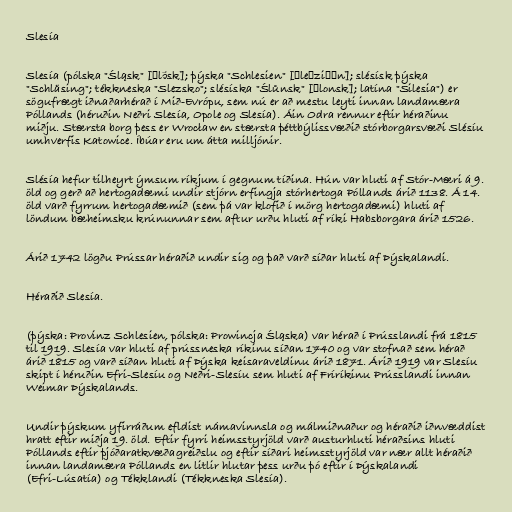
Slesía

Slesía (pólska "Śląsk" [ɕlɔ̃sk]; þýska "Schlesien" [ʃleːziːɛn]; slésísk þýska
"Schläsing"; tékkneska "Slezsko"; slésíska "Ślůnsk" [ɕlonsk]; latína "Silesia") er
sögufrægt iðnaðarhérað í Mið-Evrópu, sem nú er að mestu leyti innan landamæra
Póllands (héruðin Neðri Slesía, Opole og Slesía). Áin Odra rennur eftir héraðinu
miðju. Stærsta borg þess er Wrocław en stærsta þéttbýlissvæðið stórborgarsvæði Slésíu
umhverfis Katowice. Íbúar eru um átta milljónir.

Slésía hefur tilheyrt ýmsum ríkjum í gegnum tíðina. Hún var hluti af Stór-Mæri á 9.
öld og gerð að hertogadæmi undir stjórn erfingja stórhertoga Póllands árið 1138. Á 14.
öld varð fyrrum hertogadæmið (sem þá var klofið í mörg hertogadæmi) hluti af
löndum bæheimsku krúnunnar sem aftur urðu hluti af ríki Habsborgara árið 1526.

Árið 1742 lögðu Prússar héraðið undir sig og það varð síðar hluti af Þýskalandi.

Héraðið Slesía.

(þýska: Provinz Schlesien, pólska: Prowincja Śląska) var hérað í Prússlandi frá 1815
til 1919. Slesía var hluti af prússneska ríkinu síðan 1740 og var stofnað sem hérað
árið 1815 og varð síðan hluti af Þýska keisaraveldinu árið 1871. Árið 1919 var Slesíu
skipt í héruðin Efri-Slesíu og Neðri-Slesíu sem hluti af Fríríkinu Prússlandi innan
Weimar Þýskalands.

Undir þýskum yfirráðum efldist námavinnsla og málmiðnaður og héraðið iðnvæddist
hratt eftir miðja 19. öld. Eftir fyrri heimsstyrjöld varð austurhluti héraðsins hluti
Póllands eftir þjóðaratkvæðagreiðslu og eftir síðari heimsstyrjöld var nær allt héraðið
innan landamæra Póllands en litlir hlutar þess urðu þó eftir í Þýskalandi
(Efri-Lúsatía) og Tékklandi (Tékkneska Slesía).